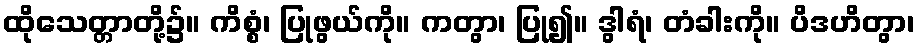
ထိုသေတ္တာတို့၌။ ကိစ္စံ၊ ပြုဖွယ်ကို။ ကတွာ၊ ပြု၍။ ဒွါရံ၊ တံခါးကို။ ပိဒဟိတွာ၊